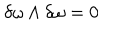
LaTeX: \delta \omega \wedge \delta \omega = 0